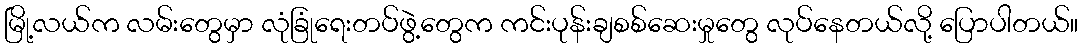
မြို့လယ်က လမ်းတွေမှာ လုံခြုံရေးတပ်ဖွဲ့တွေက ကင်းပုန်းချစစ်ဆေးမှုတွေ လုပ်နေတယ်လို့ ပြောပါတယ်။